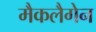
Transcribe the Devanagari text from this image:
मैकलैगेन